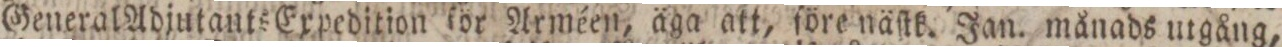
General Adjutants Expedition för Arméen, äga att, före näſtk. Jan. månads utgång,